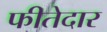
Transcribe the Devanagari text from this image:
फीतेदार